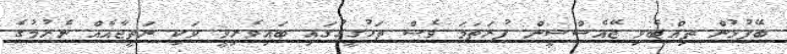
ބޭފުޅުން ތިއްބެވި ޖޭއެސްސީން ފުރަތަމަ ވެސް ތަހުގީގުގައި ބައިވެރިވީ ވަކި ނަތީޖާއެއް ނެރުމުގެ